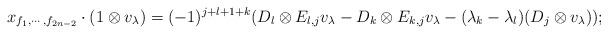
LaTeX: \begin{align*} x_{f_1,\cdots,f_{2n-2}}\cdot (1\otimes v_{\lambda})=(-1)^{j+l+1+k}(D_l\otimes E_{l,j}v_{\lambda}-D_k\otimes E_{k,j}v_{\lambda}-(\lambda_k-\lambda_l)(D_j\otimes v_{\lambda}));\end{align*}